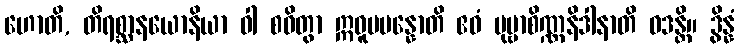
ဟောတိ, တိရစ္ဆာနယောနိယာ ဝါ စဝိတွာ ဣဓူပပန္နောတိ ဧဝံ ပုဗ္ဗာစိဏ္ဏနိဒါနာတိ ဝဒန္တိ။ ဒွိန္နံ